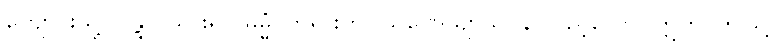
ကျောင်းသို့။ ဂန္တွာ၊ သွား၍။ ဓမ္မံ၊ တရားကို။ သုဏေယျာသိ၊ နာလှည့်လော။ ဣတိ၊ ဤသို့။